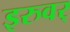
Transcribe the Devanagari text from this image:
इरुवर्